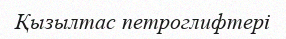
Қызылтас петроглифтері